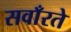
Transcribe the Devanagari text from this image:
सवाँरते